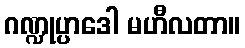
ဂဏ္ဍုပ္ပာဒေါ မဟီလတာ။